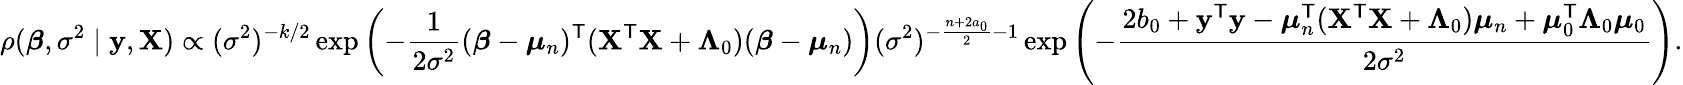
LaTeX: \rho({\boldsymbol{\beta}},\sigma^{2}\mid\mathbf{y},\mathbf{X})\propto(\sigma^{2})^{-k/2}\exp\left(-{\frac{1}{2{\sigma}^{2}}}({\boldsymbol{\beta}}-{\boldsymbol{\mu}}_{n})^{\mathsf{T}}(\mathbf{X}^{\mathsf{T}}\mathbf{X}+\mathbf{\Lambda}_{0})({\boldsymbol{\beta}}-{\boldsymbol{\mu}}_{n})\right)(\sigma^{2})^{-{\frac{n+2a_{0}}{2}}-1}\exp\left(-{\frac{2b_{0}+\mathbf{y}^{\mathsf{T}}\mathbf{y}-{\boldsymbol{\mu}}_{n}^{\mathsf{T}}(\mathbf{X}^{\mathsf{T}}\mathbf{X}+{\boldsymbol{\Lambda}}_{0}){\boldsymbol{\mu}}_{n}+{\boldsymbol{\mu}}_{0}^{\mathsf{T}}{\boldsymbol{\Lambda}}_{0}{\boldsymbol{\mu}}_{0}}{2\sigma^{2}}}\right).